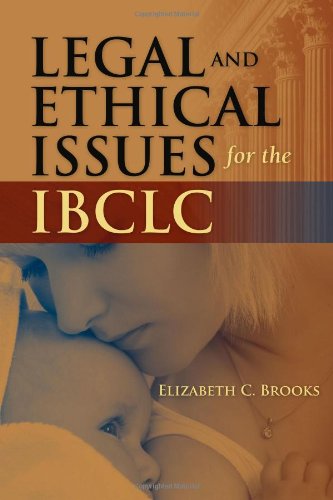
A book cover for Legal And Ethical Issues For The IBCLC; Elizabeth C. Brooks; Law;